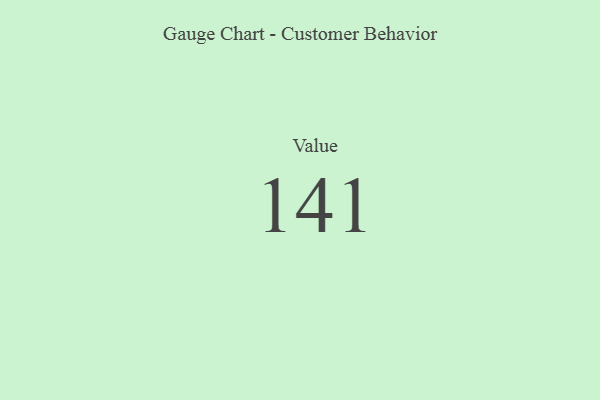
{"axis": {"x": "Metric", "y": "Value"}, "legend": [""], "data": [{"x": "Value", "y": 141, "type": ""}]}